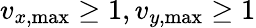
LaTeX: v_{x,\operatorname*{max}}\geq 1,v_{y,\operatorname*{max}}\geq 1